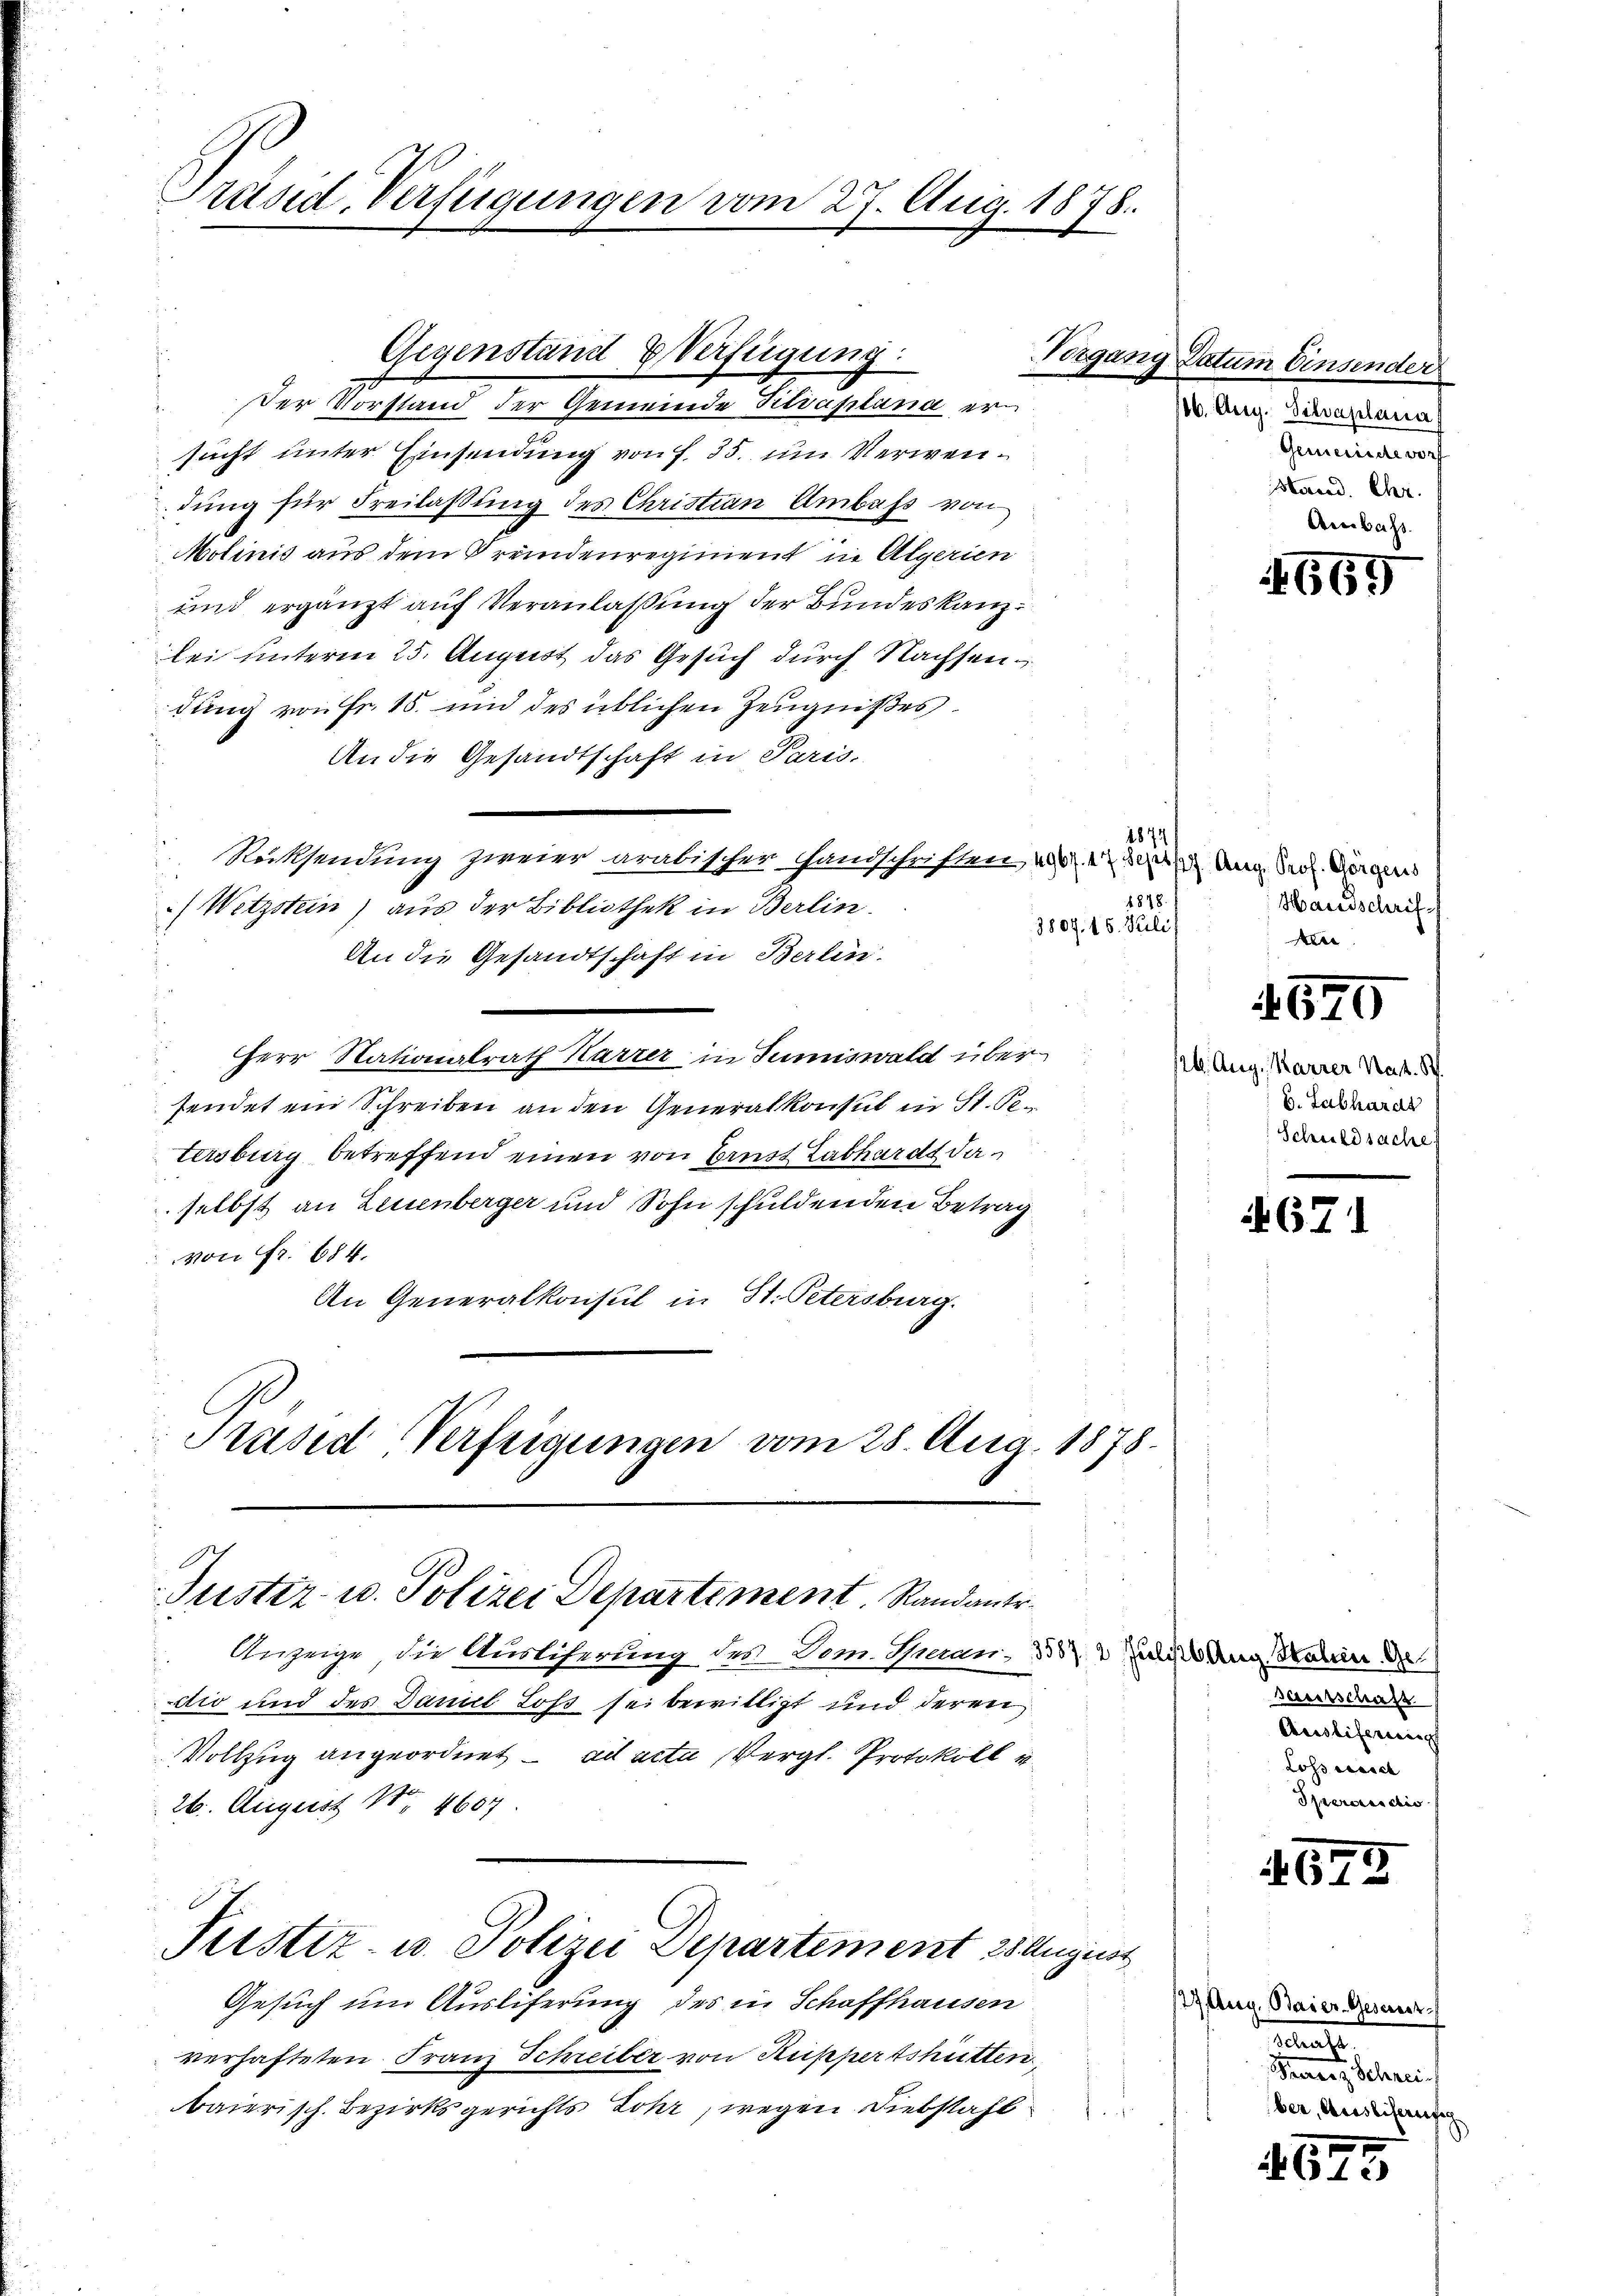
Präsid. Verfügungen vom 27. Aug. 1878.

Der Vorstand der Gemeinde Titvaplana ersucht unter Einsendung von f. 35. um Verwendung für Freilassung des Christian Umbass von
Molinis aus dem Breidenregiment in Algerien
und ergänzt auf Veranlassung der Bundeskanzlei unterm 25. August das Gesuch durch Nachsendung von Fr. 15. und des üblichen Zeugnißes
An die Gesandtschaft in Paris.
Rücksendung zweier arabischer Handschriften, u. 7 20 Aug. Seel. Georgens
/Wetzstein) aus der Bibliothek in Berlin.
3809. 15. Juli
An die Gesandtschaft in Berlin.
Herr Nationalrath Karrer in Sumiswald über
sendet ein Schreiben an den Generalkonsul in St. Getersburg betreffend einen von Brust Labhardt da
selbst an Leuenberger und Sohn schuldenden Betrag
von Fr. 684.
An Generalkonsul in St. Petersburg.
Präsid Verfeigungen vom 28. Aug. 1878.

Anzeige, die Ausliferung des Dom. Thean, 338 2 Zuleitung dahin de
dio und des Daniel Lofs sei bewilligt und deren
Vollzug angeordnet ad acta Vergl. Protokoll u.
26. August 14607
Justiz- u. Polizei Departement 28 August
Gesuch um Ausliferung des in Schaffhausen
verhafteten Franz Schreiber von Ruppertshütten,
baierisch. Bezirksgerichts Johr, wegen Diebstahl

Gegenstand Verfügung:

t
Justiz- u. Polizei Departement. Randantr

Vorgen

1874

4 Datum Einsender
116. Aug. Silvaplana
Gemeinde vorf
Marnd. Chr.
Anbah

665

1848.
Handschrif
r

4670

b. Aug. Karrer Nat. S.
b. Labhardt
Schuldsache

67

Gautschaft
Ausliferirung
Loss errich
Sperrectio

4673

177 Aug. Baier-Gesamt
relat
Perrorz Schrei
ber, Ausliefernsich

645